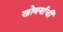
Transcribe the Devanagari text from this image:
खोबर्याची